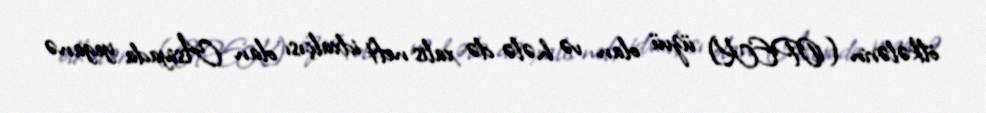
ölkələrin (OPEK) üzvü olan və hələ də xalis neft idxalçısı olan Asiyada yeganə